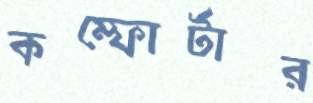
কম্ফোর্টার